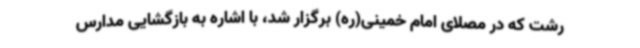
رشت که در مصلای امام خمینی(ره) برگزار شد، با اشاره به بازگشایی مدارس